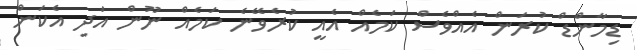
ޑިމާންޑް ކުރަން އެއްވެސް ކަމެއް އެއީ ކުރެވޭނެ ކަމެއް ނޫން އަދި އެކަން